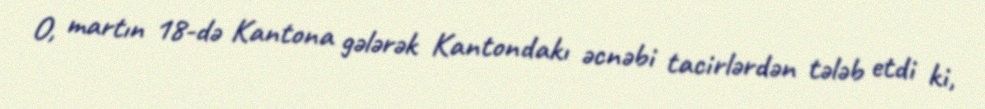
O, martın 18-də Kantona gələrək Kantondakı əcnəbi tacirlərdən tələb etdi ki,